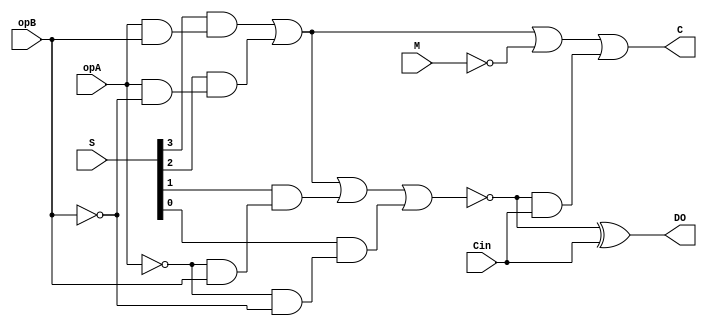
`timescale 1ns  / 10 ps

module ALU_UNIT ( input wire 		opA	, 	//???A
					opB 	, 	//???B
		   input wire 	[3 : 0] S 	, 	//????????
		   input wire 		M 	, 	//????????
			      		Cin 	, 	//??????
		   output reg 		DO 	, 	//????
		   output reg 		C 		//????
);
	wire	item0, item1, item2, item3;
	reg	p, g;
	

	assign	item0	= ~opA & ~opB;
	assign	item1	= ~opA &  opB;
	assign	item2	=  opA & ~opB;
	assign	item3	=  opA &  opB;

always@(*)
begin
	p 	= ~((S[3] & item3) | (S[2] & item2) | (S[1] & item1) | (S[0] & item0));
	g	= (S[3] & item3) | (S[2] & item2) | ~M;
	DO	= p ^ Cin;
	C	= g | (p & Cin);
end

endmodule


//	Test 1 bit
module ALU_UNIT_tb ();

	reg		opA,opB,M,Cin;
	wire		DO,C;
	reg 	[3 : 0]	S;


initial	begin:	S_TB
		opA	= 1'b1;
		opB	= 1'b0;
		M	= 1'b0;
		Cin	= 1'b1;
		S	= 4'b0000;
	#10	S	= 4'b0001;
	#10	S	= 4'b0010;
	#10	S	= 4'b0011;
	#10	S	= 4'b0100;
	#10	S	= 4'b0101;
	#10	S	= 4'b0110;
	#10	S	= 4'b0111;
	#10	S	= 4'b1000;
	#10	S	= 4'b1001;
	#10	S	= 4'b1010;
	#10	S	= 4'b1011;
	#10	S	= 4'b1100;
	#10	S	= 4'b1101;
	#10	S	= 4'b1110;
	#10	S	= 4'b1111;


	#20	opA	= 1'b1;
		opB	= 1'b1;
		M	= 1'b1;
		Cin	= 1'b0;
		S	= 4'b1001;

	#20	Cin	= 1'b1;
		S	= 4'b0110;
	
	end

ALU_UNIT U1 (opA,opB,S,M,Cin,DO,C);

endmodule